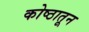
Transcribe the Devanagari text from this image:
कोष्ठातून